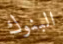
البنوك